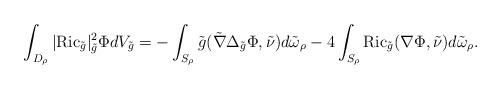
LaTeX: \begin{align*}\int_{D_{\rho}}|\mathrm{Ric}_{\tilde{g}}|^2_{\tilde{g}}\Phi dV_{\tilde{g}}=-\int_{S_{\rho}}\tilde{g}(\tilde{\nabla}\Delta_{\tilde{g}}\Phi,\tilde{\nu})d\tilde{\omega}_{\rho} - 4\int_{S_{\rho}}\mathrm{Ric}_{\tilde{g}}(\nabla\Phi,\tilde{\nu})d\tilde{\omega}_{\rho}.\end{align*}